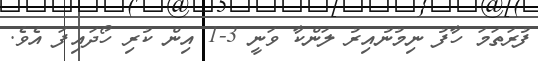
ފުރަތަމަ ހާފު ނިމުނުއިރު ލަންކާ ވަނީ 3-1 އިން ކުރި ހޯދައިފަ އެވެ.